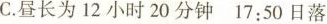
C.昼长为12小时20分钟17:50日落